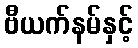
ဗီယက်နမ်နှင့်